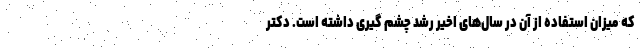
كه میزان استفاده از آن در سال­های اخير رشد چشم گیری داشته است. دکتر